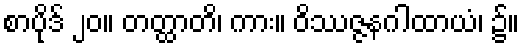
စာပိုဒ် ၂၀။ တတ္ထာတိ၊ ကား။ ဝိဿဇ္ဇနဂါထာယံ၊ ၌။